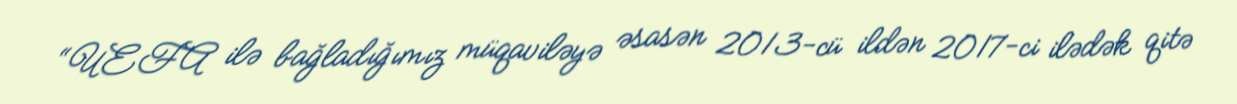
“UEFA ilə bağladığımız müqaviləyə əsasən 2013-cü ildən 2017-ci ilədək qitə